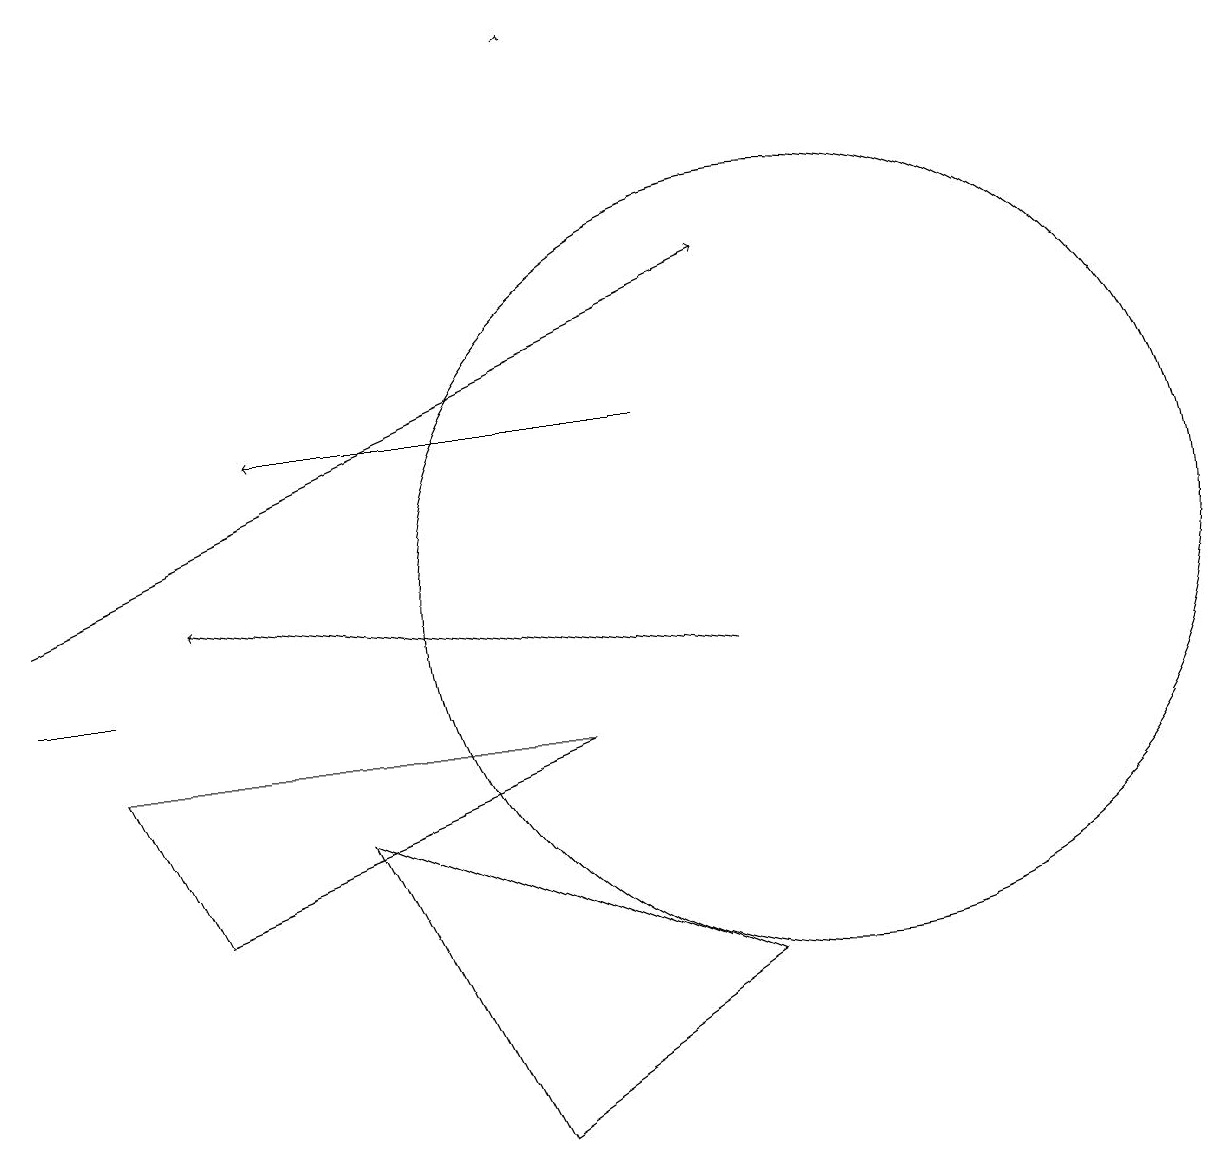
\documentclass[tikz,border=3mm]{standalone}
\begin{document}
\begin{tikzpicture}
\draw[->] (9,10) -- (2,11);
\draw[->] (8,13) -- (3,13);
\draw (2,7) -- (7,9) -- (1,9) -- cycle;
\draw[->] (0,11) -- (9,15);
\draw (6,4) -- (4,8) -- (9,6) -- cycle;
\draw[->] (7,18) -- (7,18);
\draw (10,11) circle (5);
\draw (0,10) rectangle (1,10);
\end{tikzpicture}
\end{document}